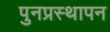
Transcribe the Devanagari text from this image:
पुनप्रस्थापन